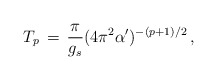
\begin{align*}T_p \, = \, {{\pi} \over {g_s}} (4 \pi^2 \alpha')^{-(p + 1)/2} \,,\end{align*}